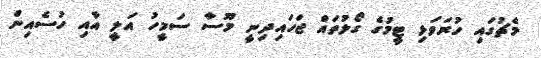
މެޗުގައި ހުރަވަޅި ޓީމުގެ ގޯލުތައް ޖަހައިދިނީ މޫސާ ސަމީހު އަލީ އާއި ހުސެއިން